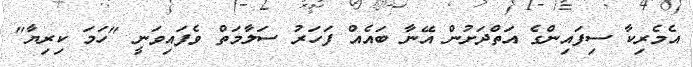
އެމެރިކާ ސިފައިންގެ އަތްދަށުން އޭނާ ބައެއް ފަހަރު ސަލާމަތް ވެފައިވަނީ "ހަމަ ކިރިޔާ"